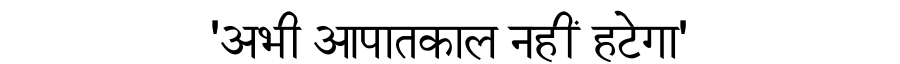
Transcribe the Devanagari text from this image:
'अभी आपातकाल नहीं हटेगा'